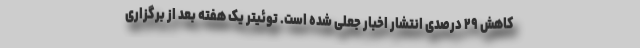
کاهش ۲۹ درصدی انتشار اخبار جعلی شده است. توئیتر یک هفته بعد از برگزاری